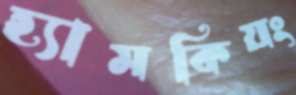
হ্যামকিয়ং